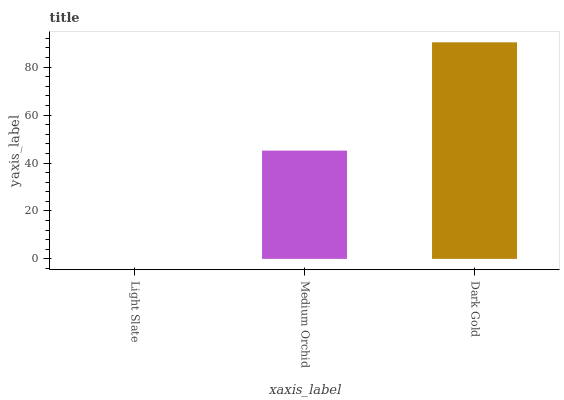
| xaxis_label | bars |
 | --- | --- |
 | Light Slate | 0 |
 | Medium Orchid | 45.2 |
 | Dark Gold | 90.4 |